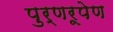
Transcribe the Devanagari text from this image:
पुर्णरूपेण